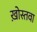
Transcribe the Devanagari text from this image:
ख़ोस्तवा